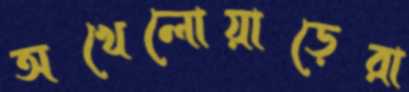
অখেলোয়াড়েরা